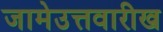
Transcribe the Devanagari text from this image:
जामेउत्तवारीख